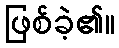
ဖြစ်ခဲ့၏။